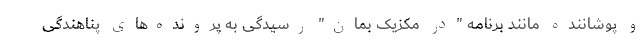
و پوشاننده مانند برنامه "در مکزیک بمان" رسیدگی به پرونده‌های پناهندگی